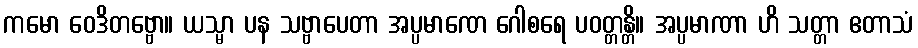
ကမော ဝေဒိတဗ္ဗော။ ယသ္မာ ပန သဗ္ဗာပေတာ အပ္ပမာဏေ ဂေါစရေ ပဝတ္တန္တိ။ အပ္ပမာဏာ ဟိ သတ္တာ ဧတာသံ